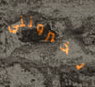
يخبرونني